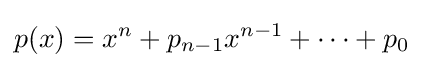
p(x)=x^{n}+p_{n-1}x^{n-1}+\cdots +p_{0}